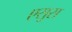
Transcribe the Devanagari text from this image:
एसुस